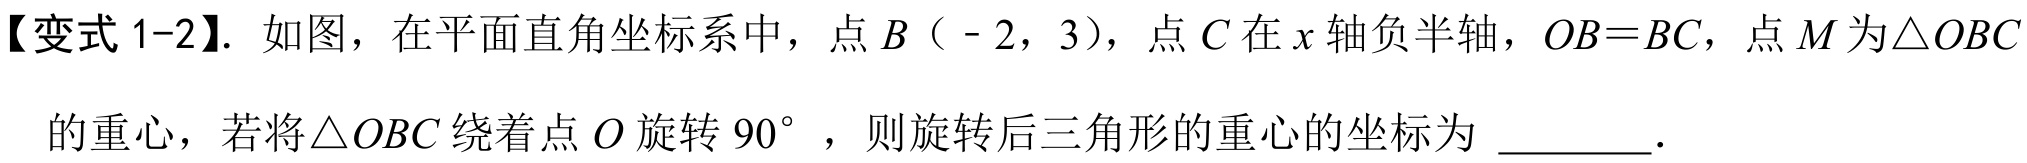
【变式 1-2】. 如图，在平面直角坐标系中，点\(B(-2,3)\)，点\(C\)在\(x\)轴负半轴，\(OB = BC\)，点\(M\)为\(\triangle OBC\)的重心，若将\(\triangle OBC\)绕着点\(O\)旋转\(90^{\circ}\)，则旋转后三角形的重心的坐标为 \_\_\_\_\_ .